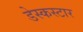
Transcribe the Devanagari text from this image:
डेस्कस्टार